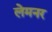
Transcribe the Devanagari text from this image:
लेमनर